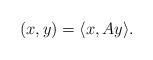
LaTeX: \begin{align*}(x,y) = \langle x, Ay \rangle. \end{align*}